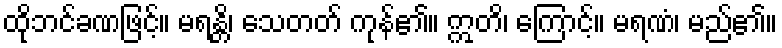
ထိုဘင်ခဏဖြင့်။ မရန္တိ၊ သေတတ် ကုန်၏။ ဣတိ၊ ကြောင့်။ မရဏံ၊ မည်၏။